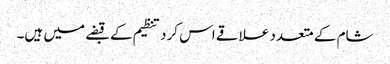
شام کے متعدد علاقے اس کرد تنظیم کے قبضے میں ہیں۔